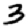
Digit: 3